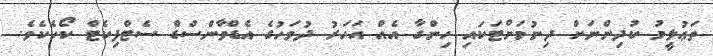
ތަޢުލީމު ކުދިންނަށް ދިނުމަށްޓަކައި ހިންގާ އެއް އަހަރު ދުވަހުގެ އެޑްވާންސްޑް ސެޓްފިކެޓް ކޯހެކެވެ.